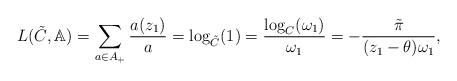
LaTeX: \begin{align*}L(\tilde{C},\mathbb{A})=\sum_{a\in A_{+}} \frac{a(z_1)}{a} =\log_{\tilde{C}}(1)=\frac{\log_{C}(\omega_1)}{\omega_1}=-\frac{\tilde{\pi}}{(z_1-\theta)\omega_1},\end{align*}